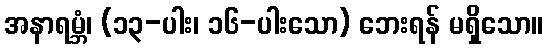
အနာရမ္ဘံ၊ (၁၃-ပါး၊ ၁၆-ပါးသော) ဘေးရန် မရှိသော။